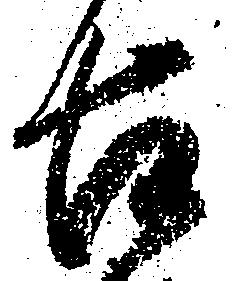
古